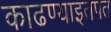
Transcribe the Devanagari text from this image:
काढण्याइतपत